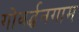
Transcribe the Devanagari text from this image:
गोवर्द्धनगाम